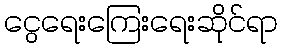
ငွေရေးကြေးရေးဆိုင်ရာ